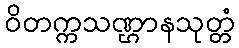
ဝိတက္ကသဏ္ဌာနသုတ္တံ